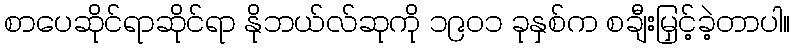
စာပေဆိုင်ရာဆိုင်ရာ နိုဘယ်လ်ဆုကို ၁၉၀၁ ခုနှစ်က စချီးမြှင့်ခဲ့တာပါ။